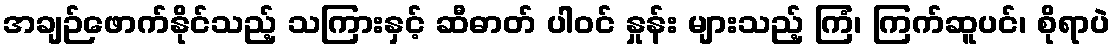
အချဉ်ဖောက်နိုင်သည့် သကြားနှင့် ဆီဓာတ် ပါဝင် နှုန်း များသည့် ကြံ၊ ကြက်ဆူပင်၊ စိုရာပဲ